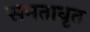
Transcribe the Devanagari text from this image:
समताधृत